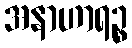
အနာဟာရဉ္စ